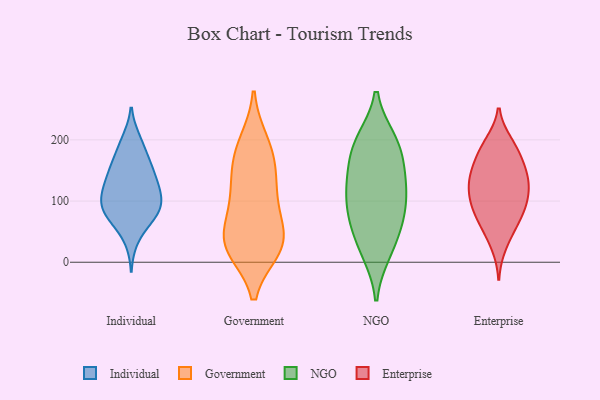
{"axis": {"x": "Headcount", "y": "Value"}, "legend": ["Enterprise", "Government", "Individual", "NGO"], "data": [{"x": "", "y": 111, "type": "Individual"}, {"x": "", "y": 37, "type": "Individual"}, {"x": "", "y": 162, "type": "Individual"}, {"x": "", "y": 75, "type": "Individual"}, {"x": "", "y": 110, "type": "Individual"}, {"x": "", "y": 133, "type": "Individual"}, {"x": "", "y": 81, "type": "Individual"}, {"x": "", "y": 103, "type": "Individual"}, {"x": "", "y": 152, "type": "Individual"}, {"x": "", "y": 98, "type": "Individual"}, {"x": "", "y": 171, "type": "Individual"}, {"x": "", "y": 80, "type": "Individual"}, {"x": "", "y": 71, "type": "Individual"}, {"x": "", "y": 200, "type": "Individual"}, {"x": "", "y": 147, "type": "Individual"}, {"x": "", "y": 133, "type": "Individual"}, {"x": "", "y": 79, "type": "Individual"}, {"x": "", "y": 114, "type": "Individual"}, {"x": "", "y": 196, "type": "Individual"}, {"x": "", "y": 108, "type": "Government"}, {"x": "", "y": 22, "type": "Government"}, {"x": "", "y": 196, "type": "Government"}, {"x": "", "y": 26, "type": "Government"}, {"x": "", "y": 163, "type": "Government"}, {"x": "", "y": 119, "type": "Government"}, {"x": "", "y": 29, "type": "Government"}, {"x": "", "y": 24, "type": "Government"}, {"x": "", "y": 56, "type": "Government"}, {"x": "", "y": 83, "type": "Government"}, {"x": "", "y": 187, "type": "Government"}, {"x": "", "y": 36, "type": "Government"}, {"x": "", "y": 147, "type": "Government"}, {"x": "", "y": 164, "type": "NGO"}, {"x": "", "y": 194, "type": "NGO"}, {"x": "", "y": 124, "type": "NGO"}, {"x": "", "y": 143, "type": "NGO"}, {"x": "", "y": 115, "type": "NGO"}, {"x": "", "y": 68, "type": "NGO"}, {"x": "", "y": 67, "type": "NGO"}, {"x": "", "y": 199, "type": "NGO"}, {"x": "", "y": 110, "type": "NGO"}, {"x": "", "y": 75, "type": "NGO"}, {"x": "", "y": 194, "type": "NGO"}, {"x": "", "y": 17, "type": "NGO"}, {"x": "", "y": 23, "type": "NGO"}, {"x": "", "y": 188, "type": "Enterprise"}, {"x": "", "y": 62, "type": "Enterprise"}, {"x": "", "y": 134, "type": "Enterprise"}, {"x": "", "y": 87, "type": "Enterprise"}, {"x": "", "y": 160, "type": "Enterprise"}, {"x": "", "y": 28, "type": "Enterprise"}, {"x": "", "y": 132, "type": "Enterprise"}, {"x": "", "y": 167, "type": "Enterprise"}, {"x": "", "y": 98, "type": "Enterprise"}, {"x": "", "y": 101, "type": "Enterprise"}, {"x": "", "y": 89, "type": "Enterprise"}, {"x": "", "y": 76, "type": "Enterprise"}, {"x": "", "y": 137, "type": "Enterprise"}, {"x": "", "y": 195, "type": "Enterprise"}, {"x": "", "y": 123, "type": "Enterprise"}, {"x": "", "y": 52, "type": "Enterprise"}, {"x": "", "y": 188, "type": "Enterprise"}, {"x": "", "y": 150, "type": "Enterprise"}, {"x": "", "y": 119, "type": "Enterprise"}]}